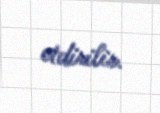
etdirilir.